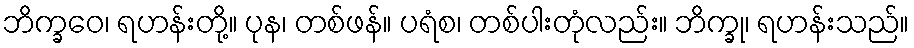
ဘိက္ခဝေ၊ ရဟန်းတို့။ ပုန၊ တစ်ဖန်။ ပရံစ၊ တစ်ပါးတုံလည်း။ ဘိက္ခု၊ ရဟန်းသည်။